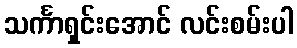
သင်္ကာရှင်းအောင် လင်းစမ်းပါ